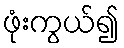
ဖုံးကွယ်၍